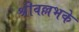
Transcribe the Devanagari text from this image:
श्रीवल्लभके